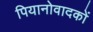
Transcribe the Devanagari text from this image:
पियानोवादकों